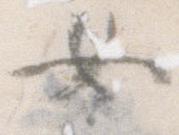
女